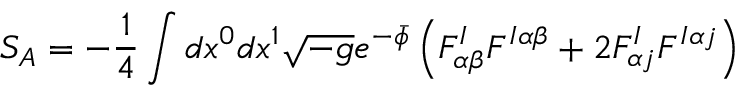
S _ { A } = - \frac { 1 } { 4 } \int d x ^ { 0 } d x ^ { 1 } \sqrt { - g } e ^ { - \bar { \phi } } \left( F _ { \alpha \beta } ^ { I } F ^ { I \alpha \beta } + 2 F _ { \alpha j } ^ { I } F ^ { I \alpha j } \right)